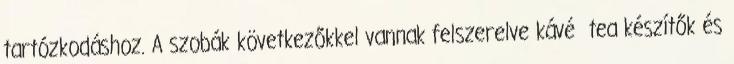
tartózkodáshoz. A szobák következőkkel vannak felszerelve kávé tea készítők és